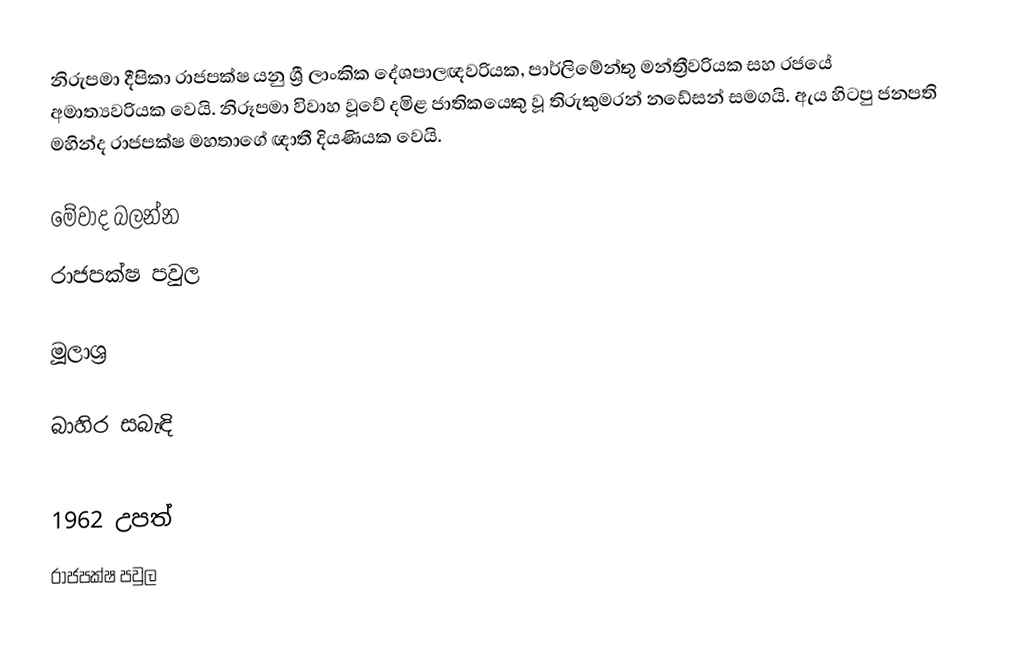
නිරුපමා දීපිකා රාජපක්ෂ යනු ශ්‍රී ලාංකික දේශපාලඥවරියක, පාර්ලිමේන්තු මන්ත්‍රීවරියක සහ රජයේ අමාත්‍යවරියක වෙයි. නිරූපමා විවාහ වූවේ දමිළ ජාතිකයෙකු වූ තිරුකුමරන් නඩේසන් සමගයි. ඇය හිටපු ජනපති මහින්ද රාජපක්ෂ මහතාගේ ඥාතී දියණියක වෙයි.

මේවාද බලන්න
 රාජපක්ෂ පවුල

මූලාශ්‍ර

බාහිර සබැඳි

1962 උපත්
රාජපක්ෂ පවුල